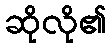
ဆိုလို၏